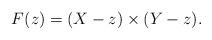
LaTeX: \begin{align*}F(z) = (X-z) \times (Y-z).\end{align*}